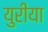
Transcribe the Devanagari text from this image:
युरीया